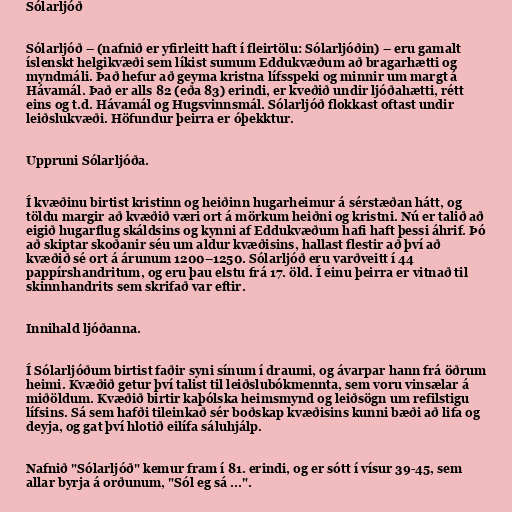
Sólarljóð

Sólarljóð – (nafnið er yfirleitt haft í fleirtölu: Sólarljóðin) – eru gamalt
íslenskt helgikvæði sem líkist sumum Eddukvæðum að bragarhætti og
myndmáli. Það hefur að geyma kristna lífsspeki og minnir um margt á
Hávamál. Það er alls 82 (eða 83) erindi, er kveðið undir ljóðahætti, rétt
eins og t.d. Hávamál og Hugsvinnsmál. Sólarljóð flokkast oftast undir
leiðslukvæði. Höfundur þeirra er óþekktur.

Uppruni Sólarljóða.

Í kvæðinu birtist kristinn og heiðinn hugarheimur á sérstæðan hátt, og
töldu margir að kvæðið væri ort á mörkum heiðni og kristni. Nú er talið að
eigið hugarflug skáldsins og kynni af Eddukvæðum hafi haft þessi áhrif. Þó
að skiptar skoðanir séu um aldur kvæðisins, hallast flestir að því að
kvæðið sé ort á árunum 1200–1250. Sólarljóð eru varðveitt í 44
pappírshandritum, og eru þau elstu frá 17. öld. Í einu þeirra er vitnað til
skinnhandrits sem skrifað var eftir.

Innihald ljóðanna.

Í Sólarljóðum birtist faðir syni sínum í draumi, og ávarpar hann frá öðrum
heimi. Kvæðið getur því talist til leiðslubókmennta, sem voru vinsælar á
miðöldum. Kvæðið birtir kaþólska heimsmynd og leiðsögn um refilstigu
lífsins. Sá sem hafði tileinkað sér boðskap kvæðisins kunni bæði að lifa og
deyja, og gat því hlotið eilífa sáluhjálp.

Nafnið "Sólarljóð" kemur fram í 81. erindi, og er sótt í vísur 39-45, sem
allar byrja á orðunum, "Sól eg sá ...".